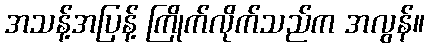
အသန့်အပြန့် ကြိုက်လိုက်သည်က အလွန်။